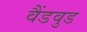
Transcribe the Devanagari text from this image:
वैंडवुड